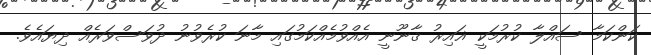
ކަންކަމާ ސައްލާ ކުރުމަކީ ޣައިރު ޤާނޫނީ އެއްވުމެއްކަމުގައި މާނަ ކުރެވުނު ދުވަސްވަރެއް ދިޔައެވެ.